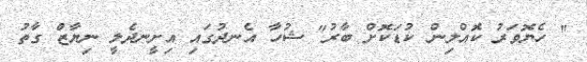
" ހެޔޮވަރު ކޮއްލިން ކުޑަކޮށް ބާރު" ޝުހާ އެނދުގައި އިށީނދެލީ ނިޔާޒް ގާތު